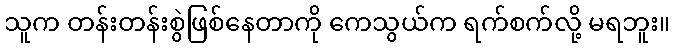
သူက တန်းတန်းစွဲဖြစ်နေတာကို ကေသွယ်က ရက်စက်လို့ မရဘူး။